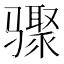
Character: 骤